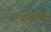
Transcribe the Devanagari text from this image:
वाक्यशक्ति